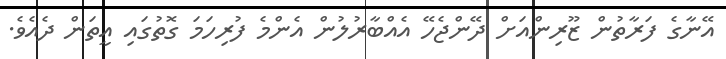
އޭނާގެ ފަރާތުން ޒޫރިންއަށް ދޭންޖެހޭ އެއްބާރުލުން އެންމެ ފުރިހަމަ ގޮތުގައި އީތަން ދެއެވެ.